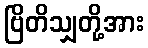
ဗြိတိသျှတို့အား